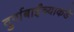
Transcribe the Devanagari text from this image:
दुर्गाबाईंच्याकडे